Lunatic asylums Punjab 1895-1910 - 1895-1910
Year: 1895
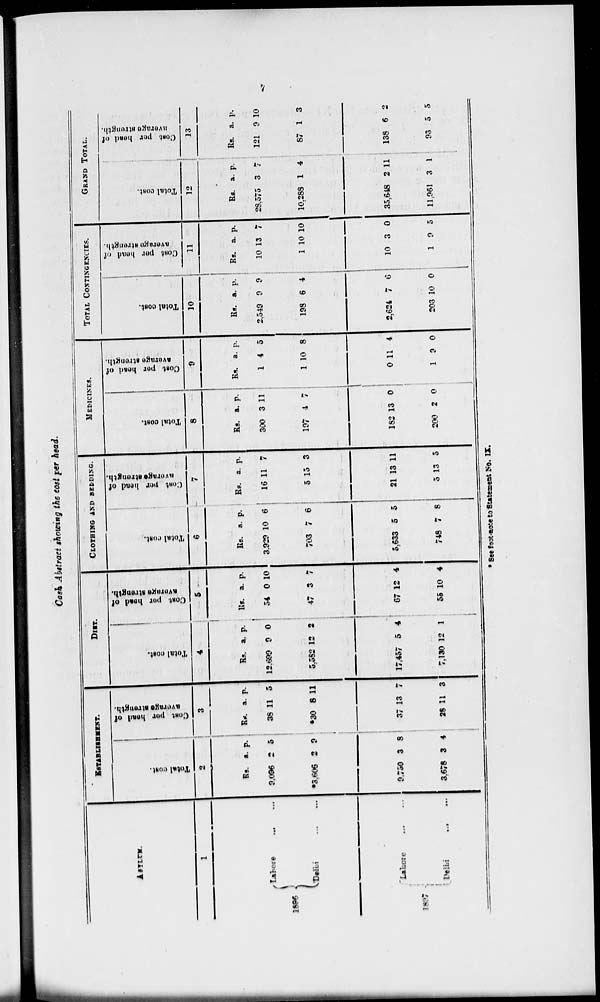
7
Cash Abstract showing the cost per head.
ASYLUM.
1
1896
1897
Lahore ... ...
Delhi ... ...
Lahore ... ...
Delhi ... ...
ESTABLISHMENT.
Total cost .
2
Rs.
9,096
*3,606
9,750
3,678
a.
2
2
3
3
p.
5
2
8
4
Cost
per
head of
average strength.
3
Rs.
38
*30
37
28
a.
11
8
13
11
p.
3
11
7
3
DIET.
Total coat.
4
Rs.
12,690
5,582
17,457
7,130
a.
9
12
5
12
p.
0
2
4
1
Cost per head of
average strength.
5
Rs.
54
47
67
55
a.
0
3
12
10
p.
10
7
4
4
CLOTHING AND BELDING.
Total Cost.
6
Rs.
3,920
703
5,633
748
a.
10
7
5
7
p.
6
6
5
8
Cost per head of
averag
strength.
7
Rs.
16
5
21
5
a.
11
15
13
13
p.
7
3
11
5
MEDICINES.
Total cost.
8
Rs.
300
107
182
200
a.
3
4
13
2
p.
11
7
0
0
Cost per head of
average
stenght.
9
Rs.
1
1
0
1
a.
4
10
11
9
p.
5
8
4
0
TOTAL CONTINGENUIES.
Total cost.
10
Rs.
2,540
198
2,624
203
a.
9
6
7
10
p.
9
4
6
0
Cost per head of
average
strenght.
11
Rs.
10
1
10
1
a.
13
10
3
2
p.
7
10
0
5
GRAND TOTAL.
Total cost.
12
Rs.
28.575
10,288
35,648
11,961
a.
3
1
2
3
p.
7
4
11
1
Cost
per
head of
average strength.
13
Rs.
121
87
138
93
a.
9
1
6
5
p.
10
3
2
5
* See foot-note to Statement No. IX.